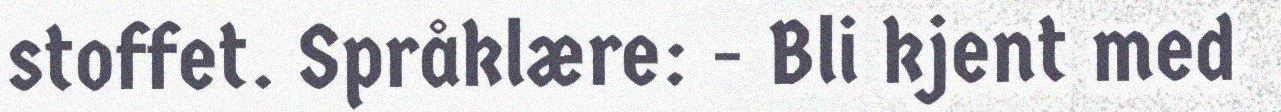
stoffet. Språklære: - Bli kjent med